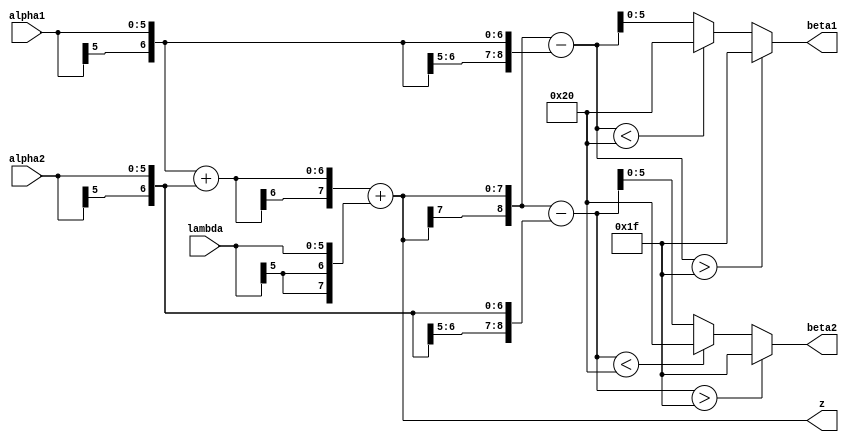
//////////////////////////////////////////////////////////////////////////////////
// Design Name:  LDPC variable node
// Module Name:  variable_node
// Project Name: Low Density Parity Check
/////////////////////////////////////////////////////////////////////////////////

module variable_node (
   input wire [5:0] lambda, // 3.3
   input wire [5:0] alpha1, // 3.3
   input wire [5:0] alpha2, // 3.3
   output reg [5:0] beta1,  // 3.3
   output reg [5:0] beta2,  // 3.3
   output reg [7:0] z       // 5.3
);

   reg [6:0] sum_alpha; // 4.3

   reg [8:0] beta1_int; // 6.3
   reg [8:0] beta2_int; // 6.3

   always @(*) begin

      // 4.3 = 3.3 + 3.3
      sum_alpha = {alpha1[5], alpha1} + {alpha2[5], alpha2};

      // 5.3 = 4.3 + 3.3
      z = {sum_alpha[6], sum_alpha} + {{2{lambda[5]}}, lambda};

      // 6.3 = 5.3 - 3.3
      beta1_int = {z[7], z} - {{3{alpha1[5]}}, alpha1};
      beta2_int = {z[7], z} - {{3{alpha2[5]}}, alpha2};

      // Saturate the beta signals, 6.3 to 3.3.
      if ($signed(beta1_int) > $signed(8'b00011111))
         beta1 = 6'b011111;
      else if ($signed(beta1_int) < $signed(8'b11100000))
         beta1 = 6'b100000;
      else
         beta1 = beta1_int[5:0];

      if ($signed(beta2_int) > $signed(8'b00011111))
         beta2 = 6'b011111;
      else if ($signed(beta2_int) < $signed(8'b11100000))
         beta2 = 6'b100000;
      else
         beta2 = beta2_int[5:0];

   end

endmodule